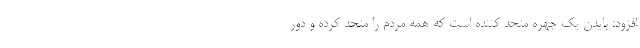
افزود: بایدن یک چهره متحد کننده است که همه مردم را متحد کرده و دور